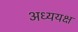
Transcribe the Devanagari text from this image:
अध्ययक्ष